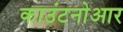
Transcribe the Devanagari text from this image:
काउंटनोआर